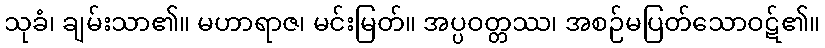
သုခံ၊ ချမ်းသာ၏။ မဟာရာဇ၊ မင်းမြတ်။ အပ္ပဝတ္တဿ၊ အစဉ်မပြတ်သောဝဋ်၏။